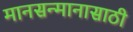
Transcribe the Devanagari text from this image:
मानसन्मानासाठी